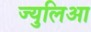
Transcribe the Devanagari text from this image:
ज्युलिआ